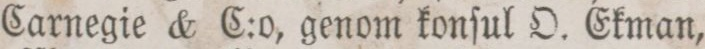
Carnegie & C:o, genom konſul O. Ekman,